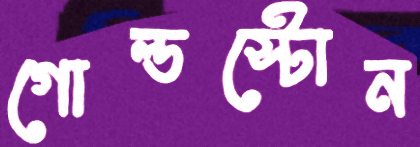
গোল্ডস্টোন